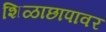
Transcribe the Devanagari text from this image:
शिळाछापावर